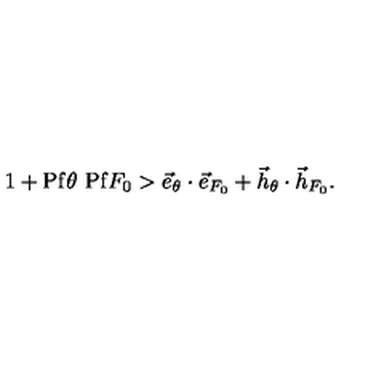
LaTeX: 1 + \mathrm { P f } \theta \ \mathrm { P f } F _ { 0 } > \vec { e } _ { \theta } \cdot \vec { e } _ { F _ { 0 } } + \vec { h } _ { \theta } \cdot \vec { h } _ { F _ { 0 } } .